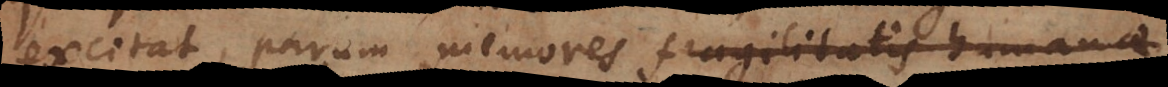
excitat, parum memores fragilitatis